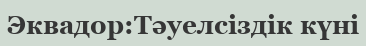
Эквадор:Тәуелсіздік күні